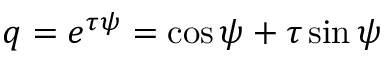
q = e ^ { \tau \psi } = \cos \psi + \tau \sin \psi